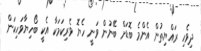
ދިވެހި ރައްޔިތުން އެންމެ ބޮޑަށް ބޭނުން ވަނީ ހެޔޮ ވެރިކަމަކާ އެކީ ބޯހިޔާވަހިކަން